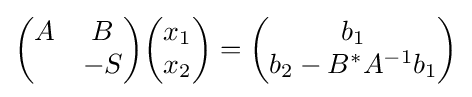
{\begin{pmatrix}A&B\\&-S\end{pmatrix}}{\begin{pmatrix}x_{1}\\x_{2}\end{pmatrix}}={\begin{pmatrix}b_{1}\\b_{2}-B^{*}A^{-1}b_{1}\end{pmatrix}}